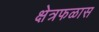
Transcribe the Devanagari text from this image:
क्षेत्रफळास